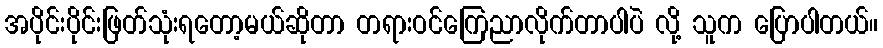
အပိုင်းပိုင်းဖြတ်သုံးရတော့မယ်ဆိုတာ တရားဝင်ကြေညာလိုက်တာပါပဲ လို့ သူက ပြောပါတယ်။